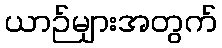
ယာဉ်များအတွက်